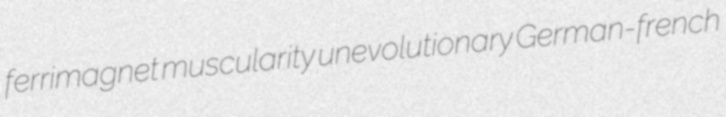
ferrimagnet muscularity unevolutionary German-french